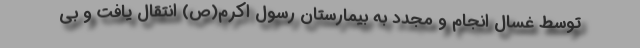
توسط غسال انجام و مجدد به بیمارستان رسول اکرم(ص) انتقال یافت و بی